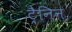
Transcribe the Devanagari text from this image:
ट्रैनिन